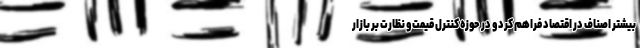
بیشتر اصناف در اقتصاد فراهم کرد و در حوزه کنترل قیمت و نظارت بر بازار